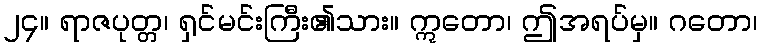
၂၄။ ရာဇပုတ္တ၊ ရှင်မင်းကြီး၏သား။ ဣတော၊ ဤအရပ်မှ။ ဂတော၊